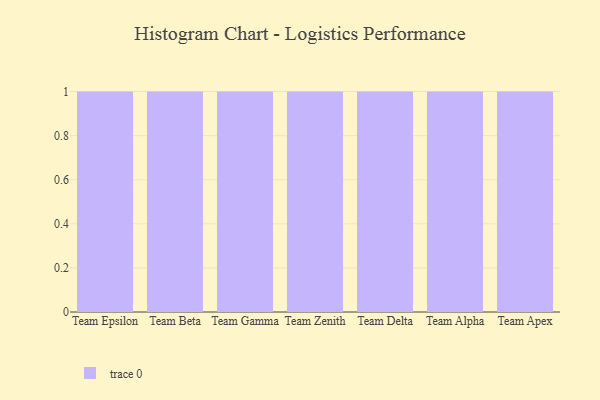
{"axis": {"x": "Team", "y": "Bounce Rate (%)"}, "legend": [""], "data": [{"x": "Team Epsilon", "y": 79, "type": ""}, {"x": "Team Beta", "y": 97, "type": ""}, {"x": "Team Gamma", "y": 62, "type": ""}, {"x": "Team Zenith", "y": 19, "type": ""}, {"x": "Team Delta", "y": 90, "type": ""}, {"x": "Team Alpha", "y": 17, "type": ""}, {"x": "Team Apex", "y": 75, "type": ""}]}